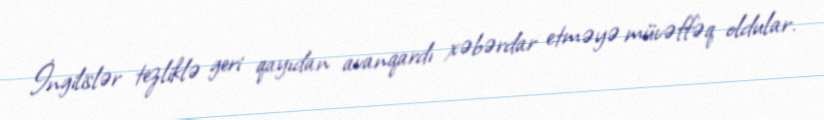
İngilislər tezliklə geri qayıdan avanqardı xəbərdar etməyə müvəffəq oldular.